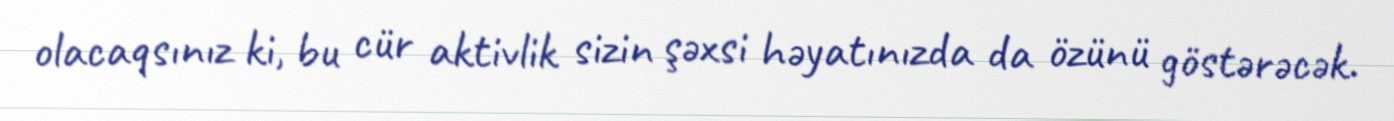
olacaqsınız ki, bu cür aktivlik sizin şəxsi həyatınızda da özünü göstərəcək.